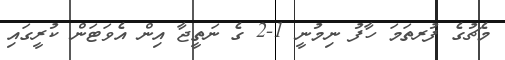
މެޗުގެ ފުރތަމަ ހާފު ނިމުނީ 1-2 ގެ ނަތީޖާ އިން އެވަޓަން ކުރީގައި